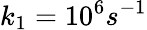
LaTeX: k_{1}=10^{6}s^{-1}